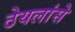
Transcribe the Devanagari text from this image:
ठेयलांसे